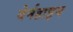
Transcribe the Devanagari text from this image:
वेर्नहाइम